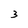
Character: 3